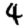
Digit: 4